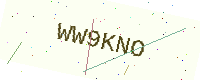
Text: WW9KNO